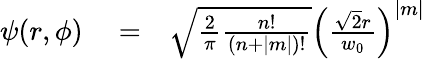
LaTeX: \begin{array}{rlr}{\psi(r,\phi)}&{{}=}&{\sqrt{\frac{2}{\pi}\frac{n!}{(n+|m|)!}}\left(\frac{\sqrt{2}r}{w_{0}}\right)^{|m|}}\end{array}